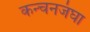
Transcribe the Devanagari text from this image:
कन्चनजंघा